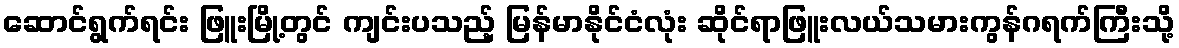
ဆောင်ရွက်ရင်း ဖြူးမြို့တွင် ကျင်းပသည့် မြန်မာနိုင်ငံလုံး ဆိုင်ရာဖြူးလယ်သမားကွန်ဂရက်ကြီးသို့